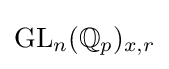
{\text{GL}}_{n}(\mathbb {Q} _{p})_{x,r}